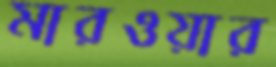
মারওয়ার